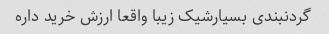
گردنبندی بسیارشیک زیبا واقعا ارزش خرید داره